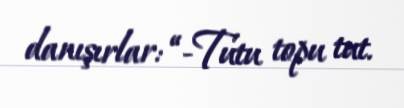
danışırlar: “-Tutu topu tut.